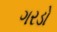
ગરડો